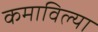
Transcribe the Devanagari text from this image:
कमाविल्या